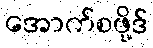
အောက်စဖို့ဒ်